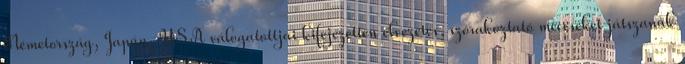
Németország, Japán, USA válogatottjai kifejezetten élvezetes, szórakoztató meccseket játszanak